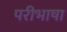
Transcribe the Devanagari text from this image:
परीभाषा